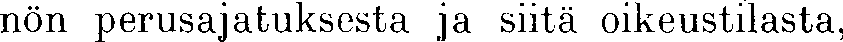
nön perusajatuksesta ja siitä oikeustilasta,